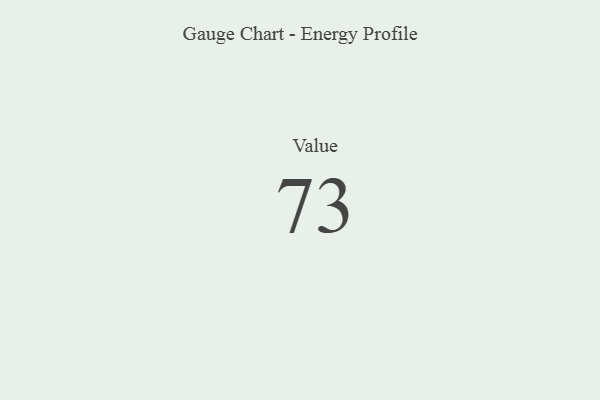
{"axis": {"x": "Metric", "y": "Value"}, "legend": [""], "data": [{"x": "Value", "y": 73, "type": ""}]}